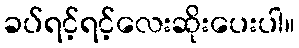
ခပ်ရင့်ရင့်လေးဆိုးပေးပါ။